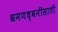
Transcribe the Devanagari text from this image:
भ्रमणध्वनींसाठी